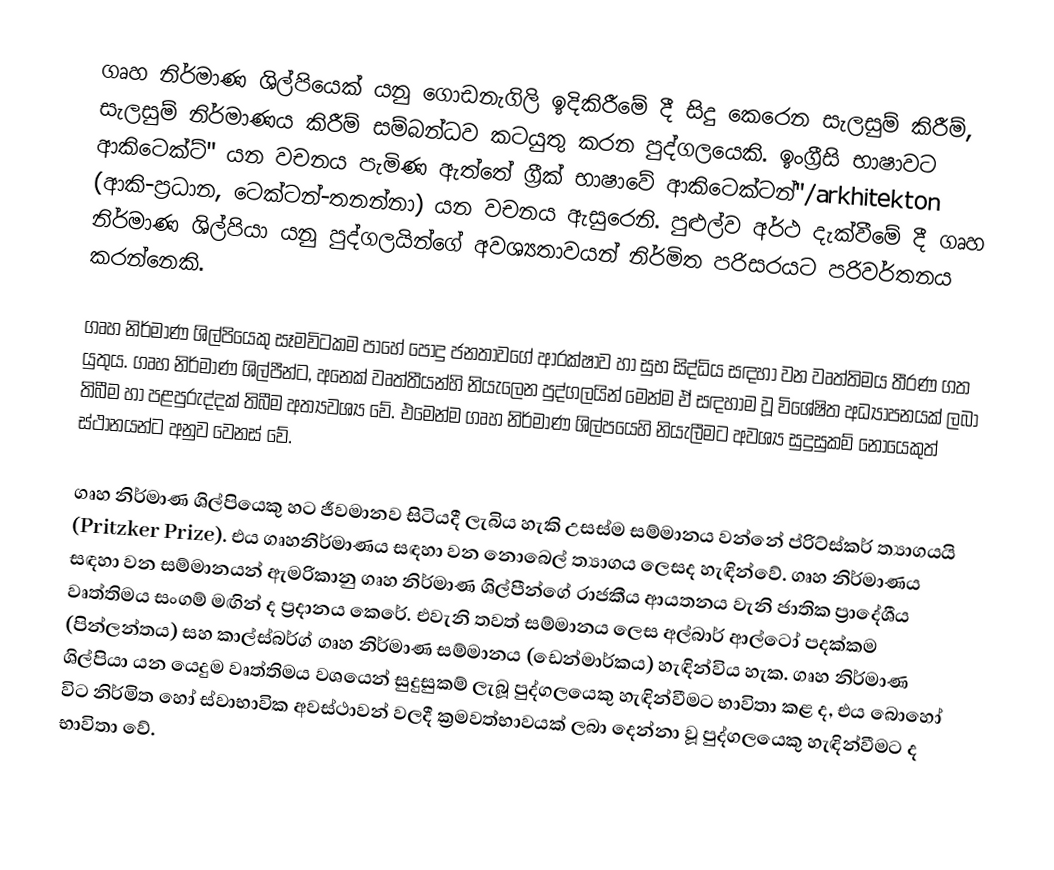
ගෘහ නිර්මාණ ශිල්පියෙක් යනු ගොඩනැගිලි ඉදිකිරීමේ දී සිදු කෙරෙන සැලසුම්  කිරීම්, සැලසුම් නිර්මාණය කිරීම් සම්බන්ධව කටයුතු කරන පුද්ගලයෙකි. ඉංග්‍රීසි  භාෂාවට ආකිටෙක්ට්" යන වචනය පැමිණ ඇත්තේ ග්‍රීක්  භාෂාවේ  ආකිටෙක්ටන්"/arkhitekton  (ආකි-ප්‍රධාන, ටෙක්ටන්-තනන්නා) යන වචනය ඇසුරෙනි. පුළුල්ව අර්ථ දැක්වීමේ දී ගෘහ නිර්මාණ ශිල්පියා යනු  පුද්ගලයින්ගේ අවශ්‍යතාවයන් නිර්මිත පරිසරයට පරිවර්තනය කරන්නෙකි.

ගෘහ නිර්මාණ ශිල්පියෙකු සෑමවිටකම පාහේ පොදු ජනතාවගේ ආරක්ෂාව හා සුභ සිද්ධිය සඳහා වන වෘත්තිමය තීරණ ගත යුතුය. ගෘහ නිර්මාණ ශිල්පීන්ට, අනෙක් වෘත්තීයන්හි නියැලෙන පුද්ගලයින් මෙන්ම ඒ සඳහාම වූ විශේෂිත අධ්‍යාපනයක් ලබා තිබීම හා පළපුරුද්දක් තිබීම අත්‍යවශ්‍ය වේ. එමෙන්ම ගෘහ නිර්මාණ ශිල්පයෙහි නියැලීමට අවශ්‍ය සුදුසුකම් නොයෙකුත් ස්ථානයන්ට අනුව වෙනස් වේ.

ගෘහ නිර්මාණ ශිල්පියෙකු හට ජීවමානව සිටියදී ලැබිය හැකි උසස්ම සම්මානය වන්නේ ප්රිට්ස්කර් ත්‍යාගයයි (Pritzker Prize). එය ගෘහනිර්මාණය සඳහා වන නොබෙල් ත්‍යාගය ලෙසද හැඳින්වේ. ගෘහ නිර්මාණය සඳහා වන සම්මානයන් ඇමරිකානු ගෘහ නිර්මාණ ශිල්පීන්ගේ  රාජකීය ආයතනය වැනි ජාතික ප්‍රාදේශීය  වෘත්තිමය සංගම්  මඟින් ද ප්‍රදානය කෙරේ. එවැනි තවත් සම්මානය ලෙස අල්බාර් ආල්ටෝ පදක්කම (පින්ලන්තය) සහ කාල්ස්බර්ග් ගෘහ නිර්මාණ සම්මානය (ඩෙන්මාර්කය) හැඳින්විය හැක. ගෘහ නිර්මාණ ශිල්පියා යන යෙදුම වෘත්තිමය වශයෙන් සුදුසුකම් ලැබූ පුද්ගලයෙකු හැඳින්වීමට  භාවිතා කළ ද, එය බොහෝ විට නිර්මිත හෝ ස්වාභාවික අවස්ථාවන් වලදී ක්‍රමවත්භාවයක් ලබා දෙන්නා වූ පුද්ගලයෙකු හැඳින්වීමට ද භාවිතා වේ.